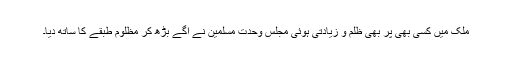
ملک میں کسی بھی پر بھی ظلم و زیادتی ہوئی مجلس وحدت مسلمین نے آگے بڑھ کر مظلوم طبقے کا ساتھ دیا۔